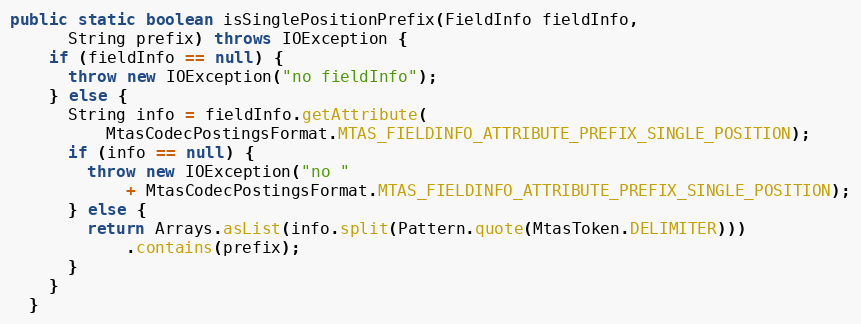
Language: Java
public static boolean isSinglePositionPrefix(FieldInfo fieldInfo,
      String prefix) throws IOException {
    if (fieldInfo == null) {
      throw new IOException("no fieldInfo");
    } else {
      String info = fieldInfo.getAttribute(
          MtasCodecPostingsFormat.MTAS_FIELDINFO_ATTRIBUTE_PREFIX_SINGLE_POSITION);
      if (info == null) {
        throw new IOException("no "
            + MtasCodecPostingsFormat.MTAS_FIELDINFO_ATTRIBUTE_PREFIX_SINGLE_POSITION);
      } else {
        return Arrays.asList(info.split(Pattern.quote(MtasToken.DELIMITER)))
            .contains(prefix);
      }
    }
  }